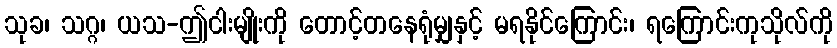
သုခ၊ သဂ္ဂ၊ ယသ-ဤငါးမျိုးကို တောင့်တနေရုံမျှနှင့် မရနိုင်ကြောင်း၊ ရကြောင်းကုသိုလ်ကို